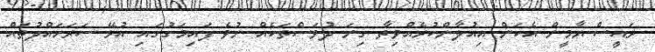
ރައީސް ޔާމީން އެކަން އިއުލާންކުރެއްވިތާ ގިނަ ދުވަސްތަކެއް ނުވެ ފައިމަގުގައި އުޅޭ ސަރަހައްދުތައް